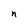
Character: n